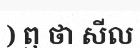
) ឮ ថា សីល